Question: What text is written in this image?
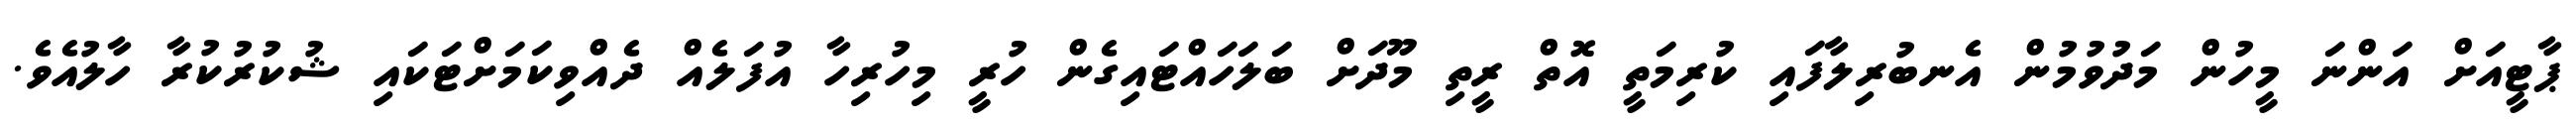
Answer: ޕާޓީއަށް އަންނަ މީހުން މަދުވުމުން އެނބުރިލާފައި ކުރިމަތީ އޮތް ރީތި މޫދަށް ބަލަހައްޓައިގެން ހުރީ މިހުރިހާ އުފަލެއް ދެއްވިކަމަށްޓަކައި ޝުކުރުކުރާ ހާލުއެވެ.